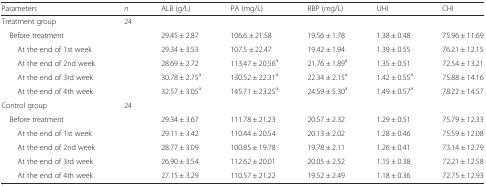
<table><thead><tr><td><b>Parameters</b></td><td><b><i>n</i></b></td><td><b>ALB (g/L)</b></td><td><b>PA (mg/L)</b></td><td><b>RBP (mg/L)</b></td><td><b>UHI</b></td><td><b>CHI</b></td></tr></thead><tbody><tr><td>Treatment group</td><td>24</td><td></td><td></td><td></td><td></td><td></td></tr><tr><td> Before treatment</td><td></td><td>29.45 ± 2.87</td><td>106.6 ± 21.58</td><td>19.56 ± 1.78</td><td>1.38 ± 0.48</td><td>75.96 ± 11.69</td></tr><tr><td>At the end of 1st week</td><td></td><td>29.34 ± 3.53</td><td>107.5 ± 22.47</td><td>19.42 ± 1.94</td><td>1.39 ± 0.55</td><td>76.21 ± 12.15</td></tr><tr><td>At the end of 2nd week</td><td></td><td>28.69 ± 2.72</td><td>113.47 ± 20.56<sup>a</sup></td><td>21.76 ± 1.89<sup>a</sup></td><td>1.35 ± 0.51</td><td>72.54 ± 13.21</td></tr><tr><td>At the end of 3rd week</td><td></td><td>30.78 ± 2.75<sup>a</sup></td><td>130.52 ± 22.31<sup>a</sup></td><td>22.34 ± 2.15<sup>a</sup></td><td>1.42 ± 0.55<sup>a</sup></td><td>75.88 ± 14.16</td></tr><tr><td>At the end of 4th week</td><td></td><td>32.57 ± 3.05<sup>a</sup></td><td>145.71 ± 23.25<sup>a</sup></td><td>24.59 ± 5.30<sup>a</sup></td><td>1.49 ± 0.57<sup>a</sup></td><td>78.22 ± 14.57</td></tr><tr><td>Control group</td><td>24</td><td></td><td></td><td></td><td></td><td></td></tr><tr><td> Before treatment</td><td></td><td>29.34 ± 3.67</td><td>111.78 ± 21.23</td><td>20.57 ± 2.32</td><td>1.29 ± 0.51</td><td>75.79 ± 12.33</td></tr><tr><td>At the end of 1st week</td><td></td><td>29.11 ± 3.42</td><td>110.44 ± 20.54</td><td>20.13 ± 2.02</td><td>1.28 ± 0.46</td><td>75.59 ± 12.08</td></tr><tr><td>At the end of 2nd week</td><td></td><td>28.77 ± 3.09</td><td>100.85 ± 19.78</td><td>19.78 ± 2.11</td><td>1.26 ± 0.41</td><td>73.14 ± 12.79</td></tr><tr><td>At the end of 3rd week</td><td></td><td>26.90 ± 3.54</td><td>112.62 ± 20.01</td><td>20.05 ± 2.52</td><td>1.15 ± 0.38</td><td>72.21 ± 12.58</td></tr><tr><td>At the end of 4th week</td><td></td><td>27.15 ± 3.29</td><td>110.57 ± 21.22</td><td>19.52 ± 2.49</td><td>1.18 ± 0.36</td><td>72.75 ± 12.93</td></tr></tbody></table>